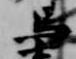
馬